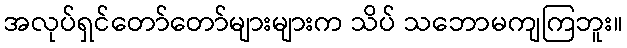
အလုပ်ရှင်တော်တော်များများက သိပ် သဘောမကျကြဘူး။